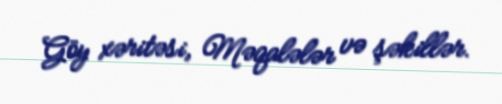
Göy xəritəsi, Məqalələr və şəkillər.